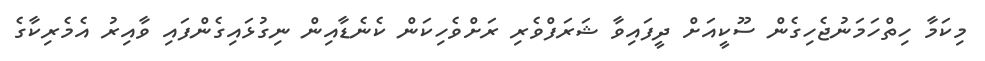
މިކަމާ ހިތްހަމަނުޖެހިގެން ސޫކީއަށް ދީފައިވާ ޝަރަފްވެރި ރަށްވެހިކަން ކެނެޑާއިން ނިގުޅައިގެންފައި ވާއިރު އެމެރިކާގެ